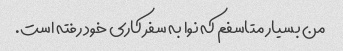
من بسیار متاسفم که نوا به سفر کاری خود رفته است.